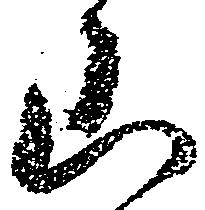
山